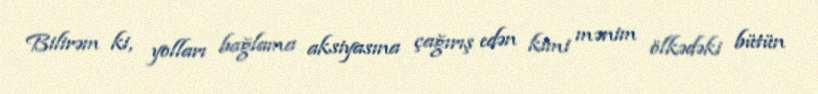
Bilirəm ki, yolları bağlama aksiyasına çağırış edən kimi mənim ölkədəki bütün